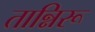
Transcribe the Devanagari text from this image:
तान्निरू